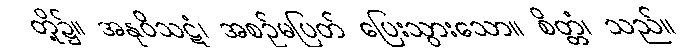
တို့၌။ အနုဝိသဋံ၊ အစဉ်မပြတ် ပြေးသွားသော။ စိတ္တံ၊ သည်။